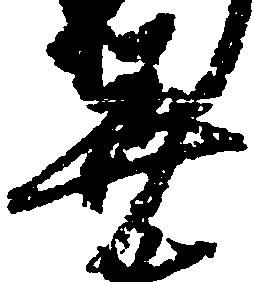
美